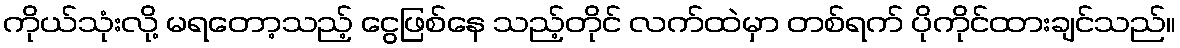
ကိုယ်သုံးလို့ မရတော့သည့် ငွေဖြစ်နေ သည့်တိုင် လက်ထဲမှာ တစ်ရက် ပိုကိုင်ထားချင်သည်။